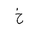
Letter: _kha